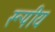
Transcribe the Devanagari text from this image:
रूपीय